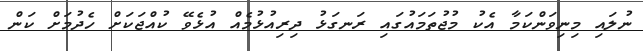
ނުލައި މިނިވަންކަމާ އެކު މުޖުތަމައުގައި ރަނގަޅު ދިރިއުޅުމެއް އުޅެވޭ ކުއްޖަކަށް ހެދުމަށް ކަން